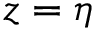
z = \eta